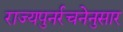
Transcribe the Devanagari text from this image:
राज्यपुनर्रचनेनुसार